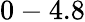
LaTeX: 0-4.8